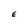
Character: E